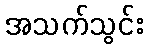
အသက်သွင်း